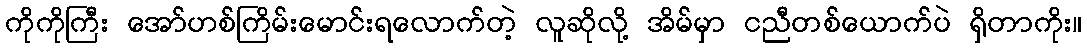
ကိုကိုကြီး အော်ဟစ်ကြိမ်းမောင်းရလောက်တဲ့ လူဆိုလို့ အိမ်မှာ ငညီတစ်ယောက်ပဲ ရှိတာကိုး။